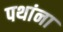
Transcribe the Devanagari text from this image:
पथांना